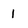
Character: I